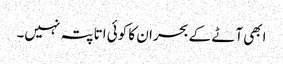
ابھی آٹے کے بحران کا کوئی اتا پتہ نہیں۔